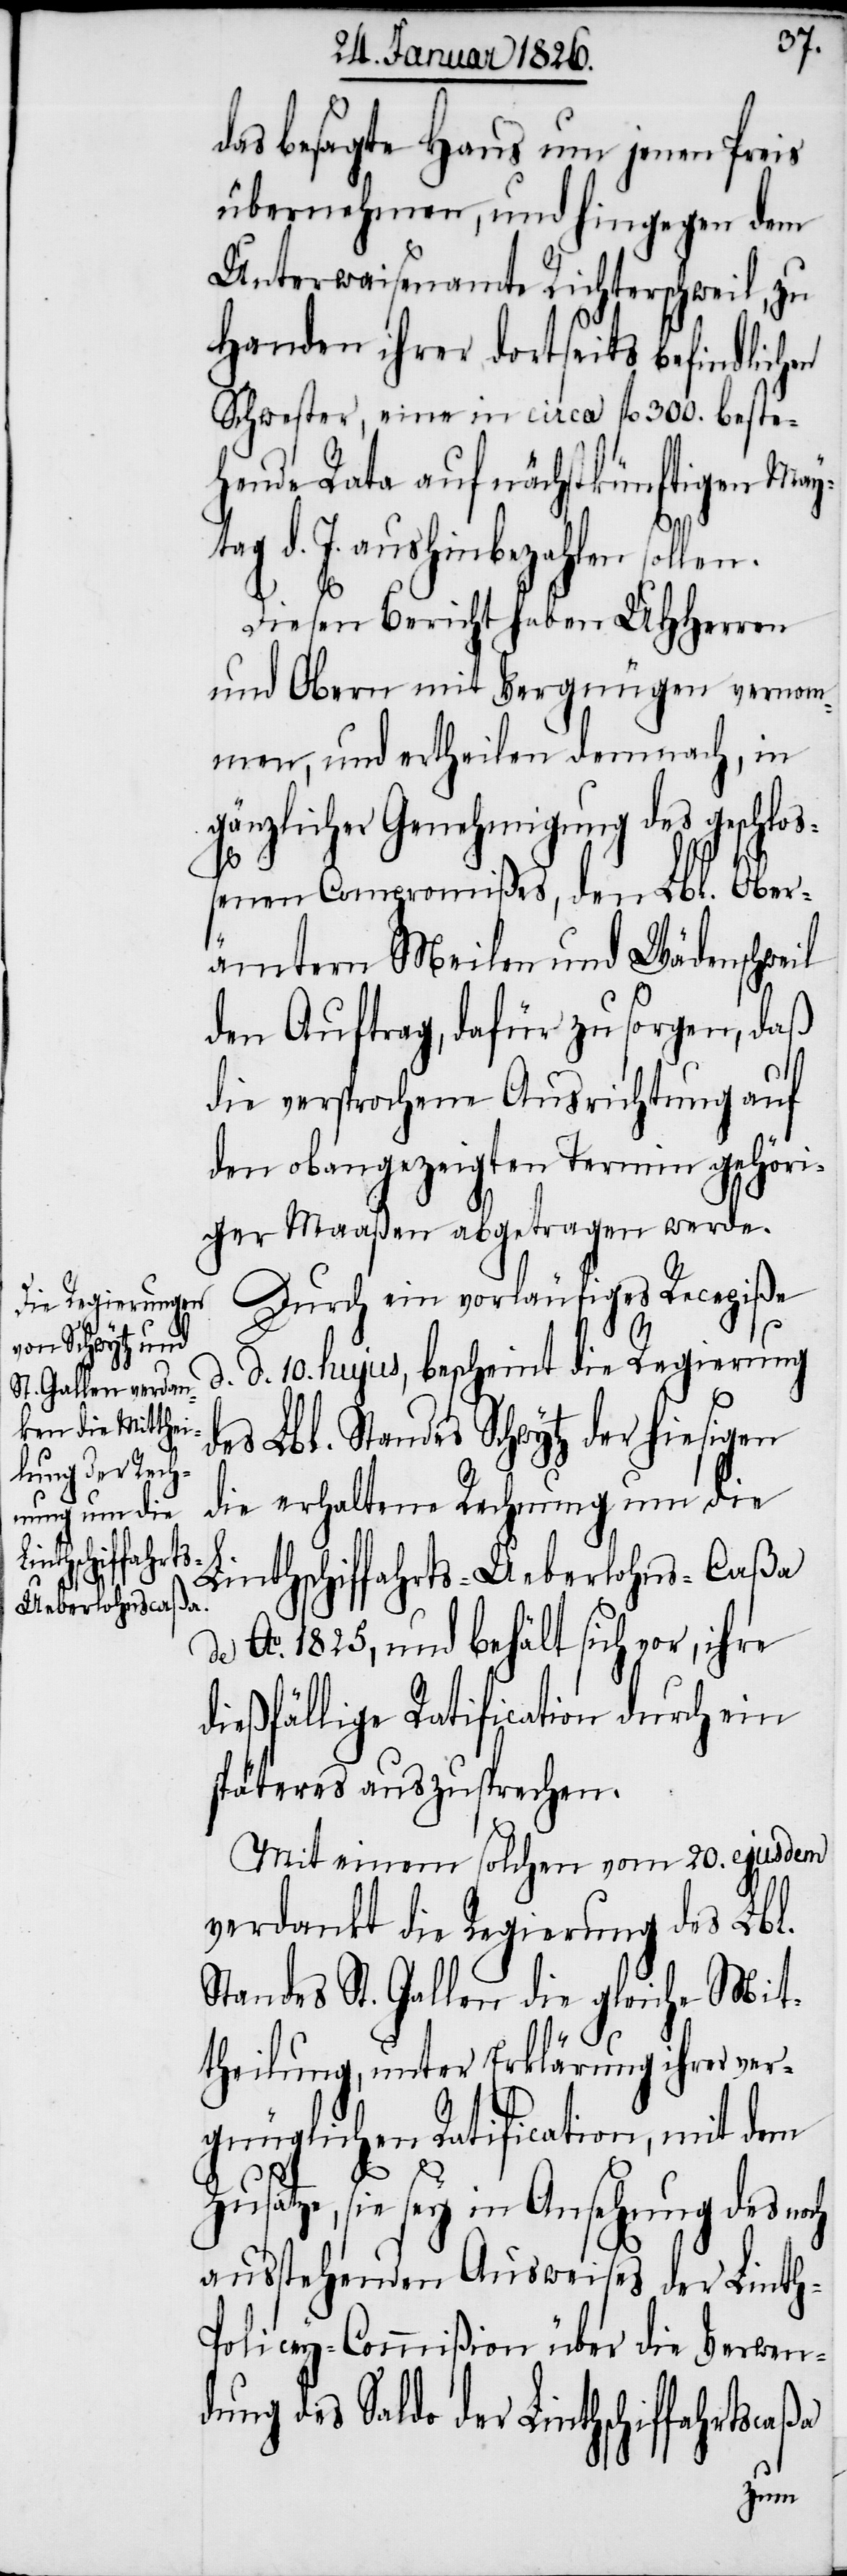
das besagte Haus um jenen Preis
übernehmen, und hingegen dem
Unterwaisenamte Richterschweil, zu
Handen ihrer dortseits befindlich¬
Schwester, eine in circa fl. 300. beste¬
hende Rata auf nächstkünftigen Mayt¬
ag
d. J. aushinbezahlen
Diesen Bericht haben UHHerren
und Obern mit Vergnügen, in
gänzlicher Genehmigung des geschloß¬
enen Compromißes, den Lbl. Ober¬
ämtern Meilen und Wädenschweil
den Auftrag, dafür zu sorgen, daß
d¬
die versprochene Ausrichtung auf
den obangezeigten Termin gehöri¬
ger Maaßen abgetragen werde.
Durch ein vorläufiges Recepiße
d. d. 10. hujus, bescheint die Regierung
es Lbl. Standes Schwytz der hiesigen
die erhaltene Rechnung um die
Linthschiffahrts-Ueberlohns-Caßa
de Ao. 1825. und behält sich vor, ihre
dießfällige Ratification durch ein
späteres auszusprechen.
Mit einem solchen vom 20. ejusdem
verdankt die Regierung des Lbl.
Standes St. Gallen die gleiche Mit¬
theilung, unter Erklärung ihrer ver¬
gnüglichen Ratification, mit dem
Zusatze, sie sey in Ansehnung des noch
ausstehenden Ausweises der Linth-P¬
olicey-Commißion über die Verwen¬
dung des Saldo der Linthschiffahrtscaßa